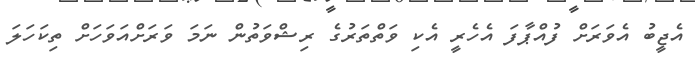
އެޖީބު އެވަރަށް ފުއްޕާފަ އެހެރީ އެކި ވަތްތަރުގެ ރިޝްވަތުން ނަމަ ވަރަށްއަވަހަށް ތިކަހަލަ